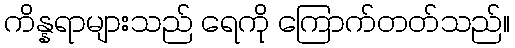
ကိန္နရာများသည် ရေကို ကြောက်တတ်သည်။